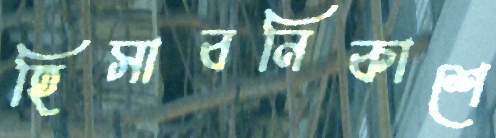
হিসাবনিকাশে